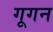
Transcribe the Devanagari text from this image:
गूगन